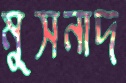
মুসনাদ